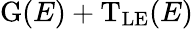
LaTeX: \mathrm{G}(E)+\mathrm{T_{LE}}(E)